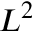
L ^ { 2 }